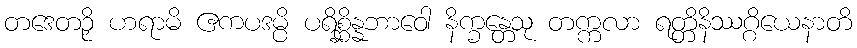
တဒေတဉှိ ဟရာမိ ဧကပဒမ္ပိ ပရိစ္ဆိန္နဘာဝေါ နိက္ခန္တေသု တက္ကလာ ရတ္တိနိဿဂ္ဂိယေနာတိ